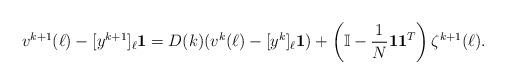
LaTeX: \begin{align*}v^{k+1}(\ell) - [y^{k+1}]_\ell\mathbf{1} = D(k) ( v^k(\ell) - [y^{k}]_\ell\mathbf{1} )+ \left(\mathbb{I}- \frac{1}{N}\mathbf{1}\mathbf{1}^T \right)\zeta^{k+1}(\ell).\end{align*}